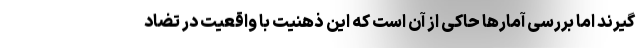
گیرند اما بررسی آمارها حاکی از آن است که این ذهنیت با واقعیت در تضاد